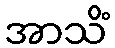
အာသိံ